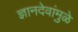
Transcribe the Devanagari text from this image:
ज्ञानदेवांमुळे